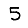
Digit: 5